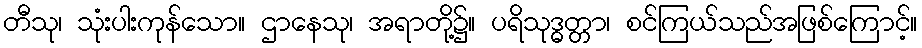
တီသု၊ သုံးပါးကုန်သော။ ဌာနေသု၊ အရာတို့၌။ ပရိသုဒ္ဓတ္တာ၊ စင်ကြယ်သည်အဖြစ်ကြောင့်။